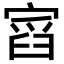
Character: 𡩹